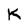
Character: K